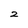
Character: 2